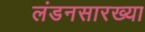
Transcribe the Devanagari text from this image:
लंडनसारख्या